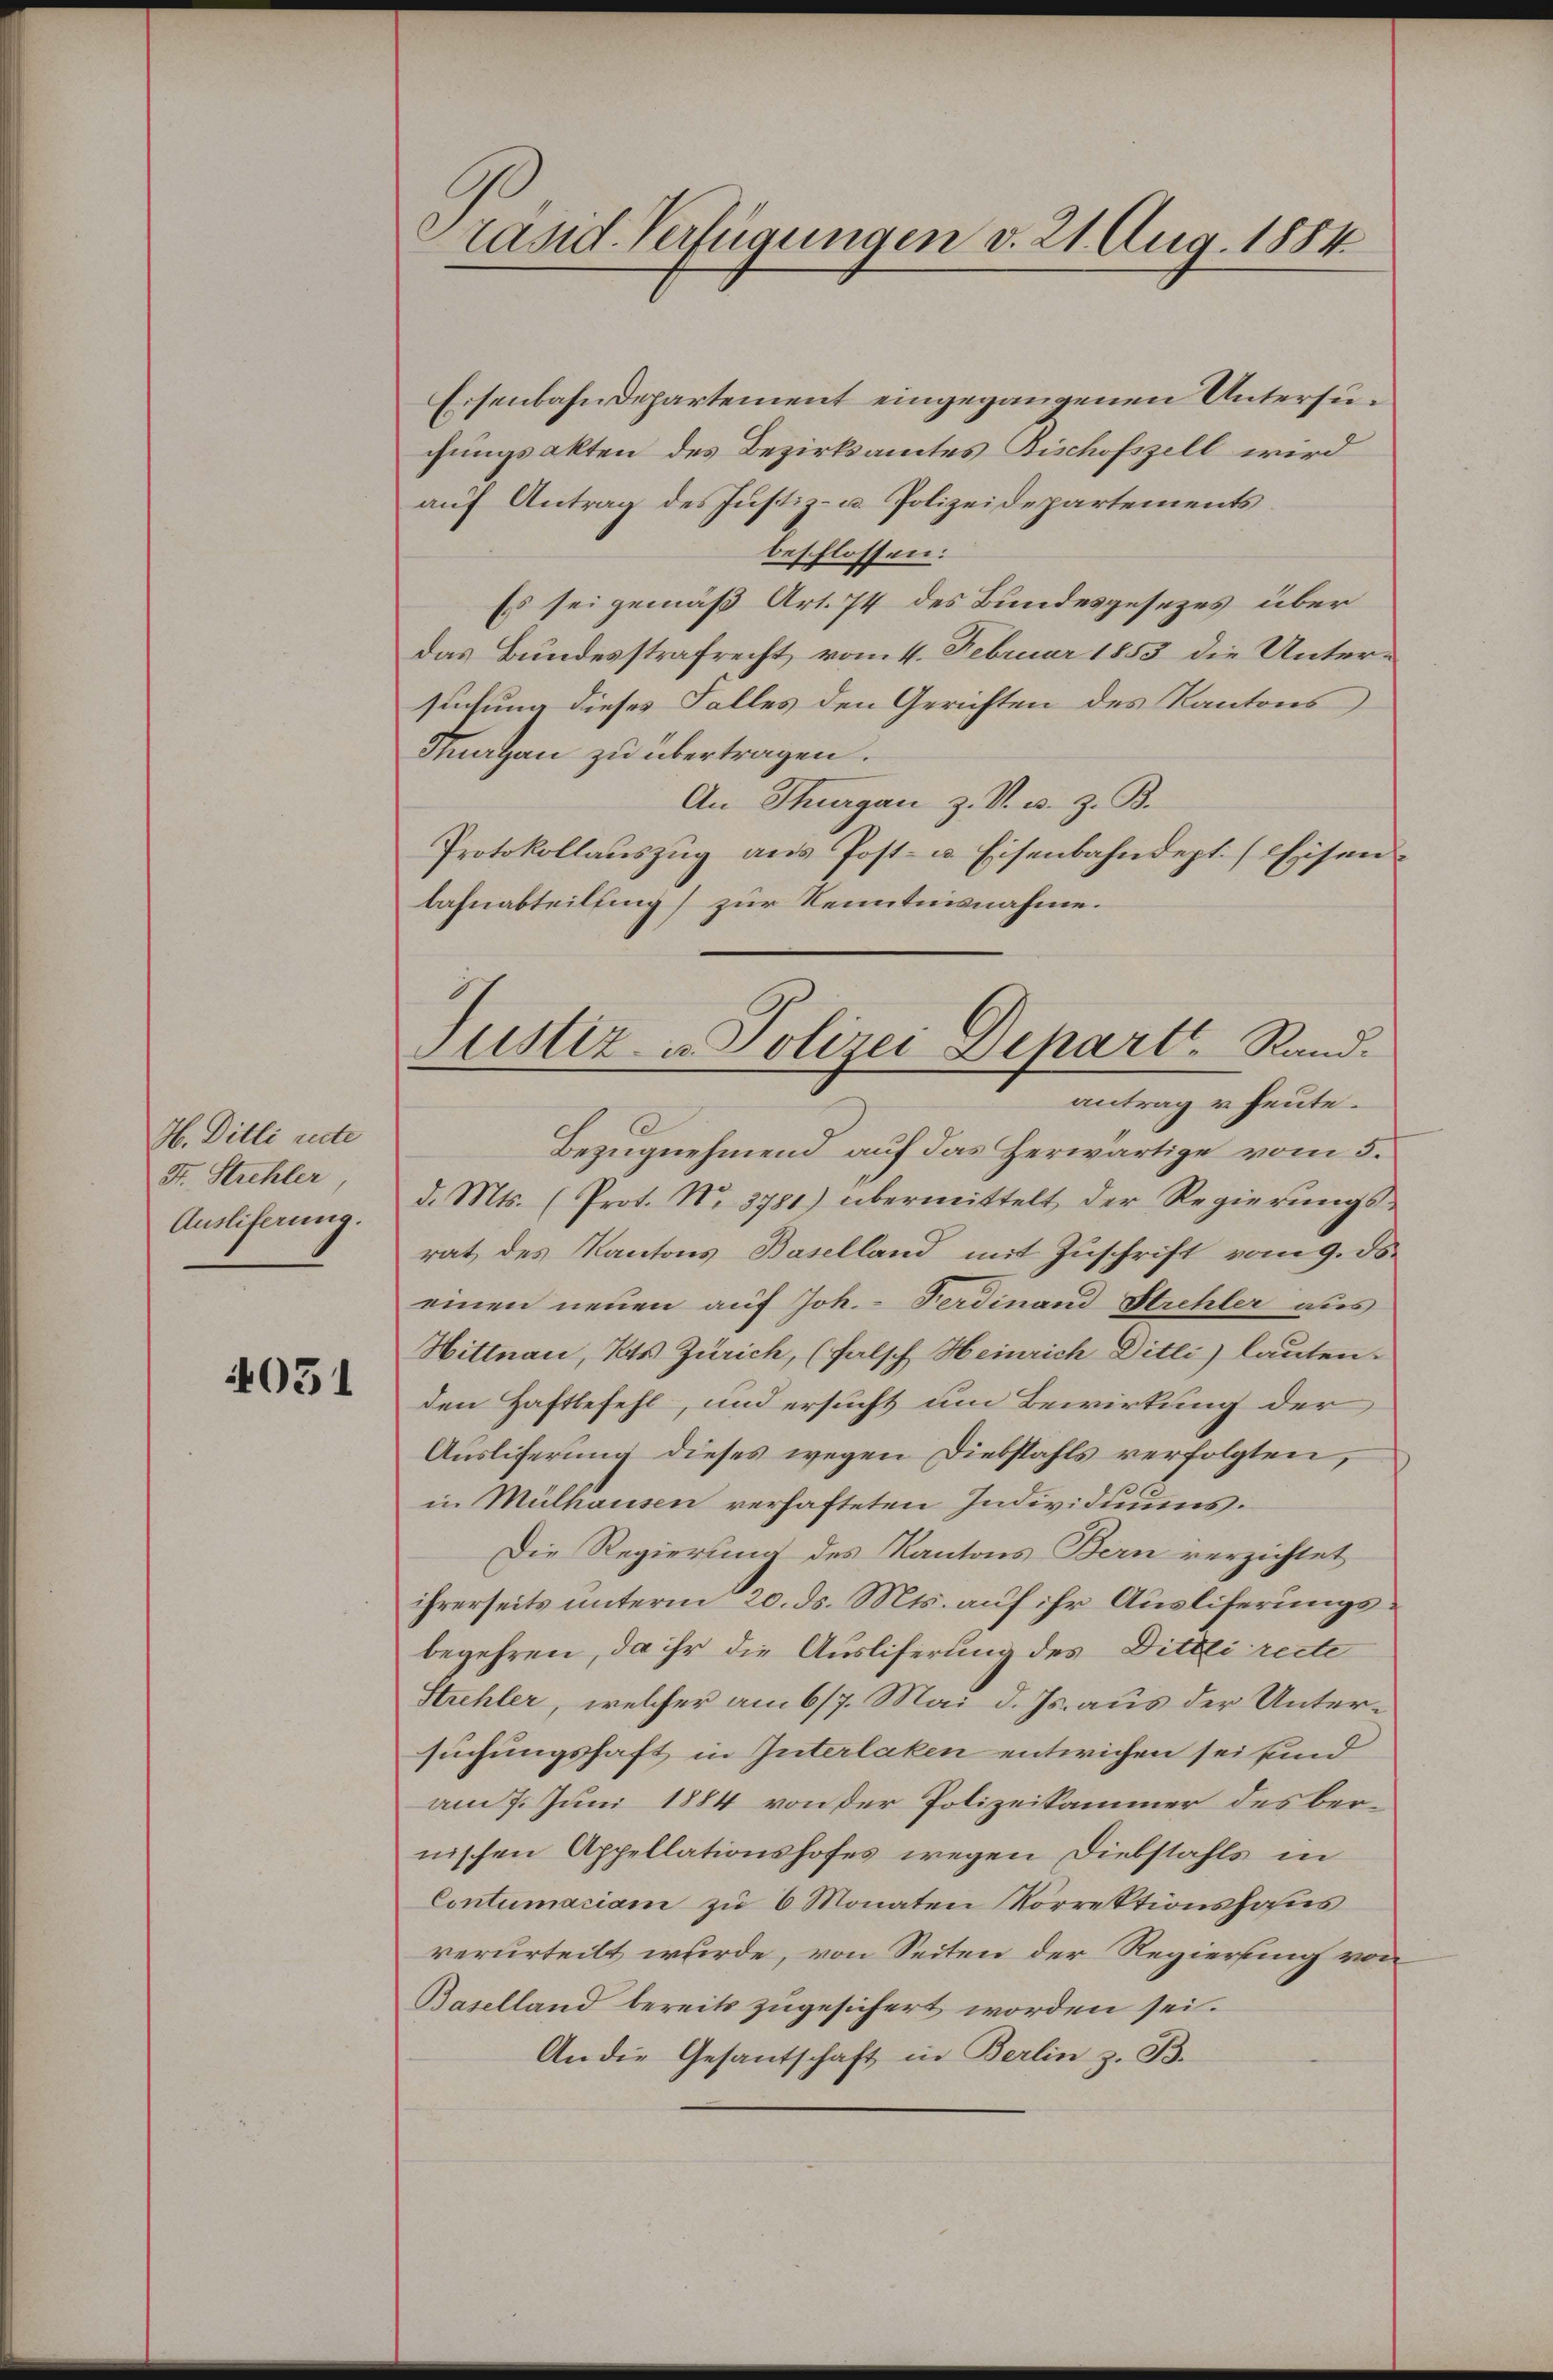
H. Ditli recte
F. Strehler,
Auslieferung.

4051

Präsid. Verfügungen v. 21. Aug. 1884

Eisenbahndepartement eingegangenen Untersuchungsakten des Bezirksamtes Bischofszell wird
auf Antrag des Justiz- u. Polizeidepartements
beschlossen:
Es sei gemäß Art. 74 des Bundesgesezes über
Das Bundesstrafrecht, vom 4. Februar 1853 die Untersuchung dieses Falles den Gerichten des Kantons
Stuartan zu übertragen.
An Thurgau z. V. u. z. B.
Protokollauszug aus Post- u. Eisenbahndept. (Eisenbahnabteilung) zur Kenntnisnahme.
antrag u. heute.
Bezugnehmend auf das Herwärtige vom 5.
d. Mts. (Prot. No. 3781) übermittelt der Regierungsrat des Kantons Baselland mit Zuschrift vom 9. ds.
einen neuen auf Joh. Ferdinand Strehler aus
Hittnau, Kts. Zürich, (falsch Heinrich Ditti) lauten.
den Haftbefehl, und ersucht um Bewirkung der
Ausliferung dieses wegen Diebstahls verfolgten,
in Mülhausen verhafteten Individuums.
Die Regierung des Kantons Bern verzichtet
ihrerseits unterm 20. ds. Mts. auf ihr Ausliferungsbegehren, da ihr die Ausliferung des Dittli recte
Strehler, welcher am 6/7. Mai d. Js. aus der Untersuchungshaft in Interlaken entwichen sei und
am 7. Juni 1884 von der Polizeikammer des bernischen Appellationshofes wegen Diebstahls in
Contumaciam zu 6 Monaten Vorrektionshous
verurteilt wurde, von Seiten der Regierung von
Baselland bereits zugesichert worden sei.
An die Gesantschaft in Berlin z. B.

Justiz- u. Polizei Dehart Rand-